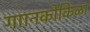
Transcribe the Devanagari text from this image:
गाानकोकिळा